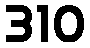
310